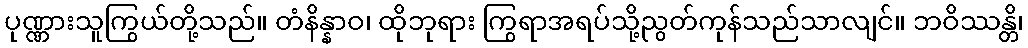
ပုဏ္ဏားသူကြွယ်တို့သည်။ တံနိန္နာဝ၊ ထိုဘုရား ကြွရာအရပ်သို့ညွတ်ကုန်သည်သာလျင်။ ဘဝိဿန္တိ၊